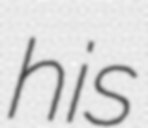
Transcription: his